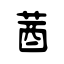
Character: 莤